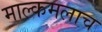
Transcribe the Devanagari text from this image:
माल्कमलाच